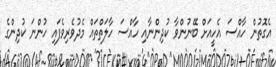
އެގޮތުން ހާއްސަ އެހީއަށް ބޭނުންވާ ކުދިންނާއި ހާއްސަ ހާލަތްތައް މެދުވެރިވެފައި ހުންނަ ކުދިންގެ